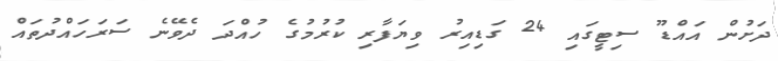
ދަށުން އައްޑޫ ސިޓީގައި 24 ގަޑިއިރު ވިޔަފާރި ކުރުމުގެ ހުއްދަ ދެވޭނެ ސަރަހައްދުތައް